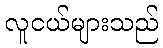
လူငယ်များသည်